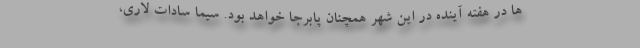
ها در هفته آینده در این شهر همچنان پابرجا خواهد بود. سیما سادات لاری،